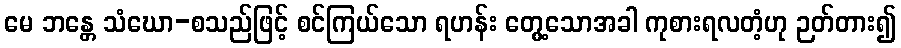
မေ ဘန္တေ သံဃော-စသည်ဖြင့် စင်ကြယ်သော ရဟန်း တွေ့သောအခါ ကုစားရလတံ့ဟု ဉတ်တား၍